Report on vaccination in Madras 1904-1921 - 1904-1921
Year: 1904
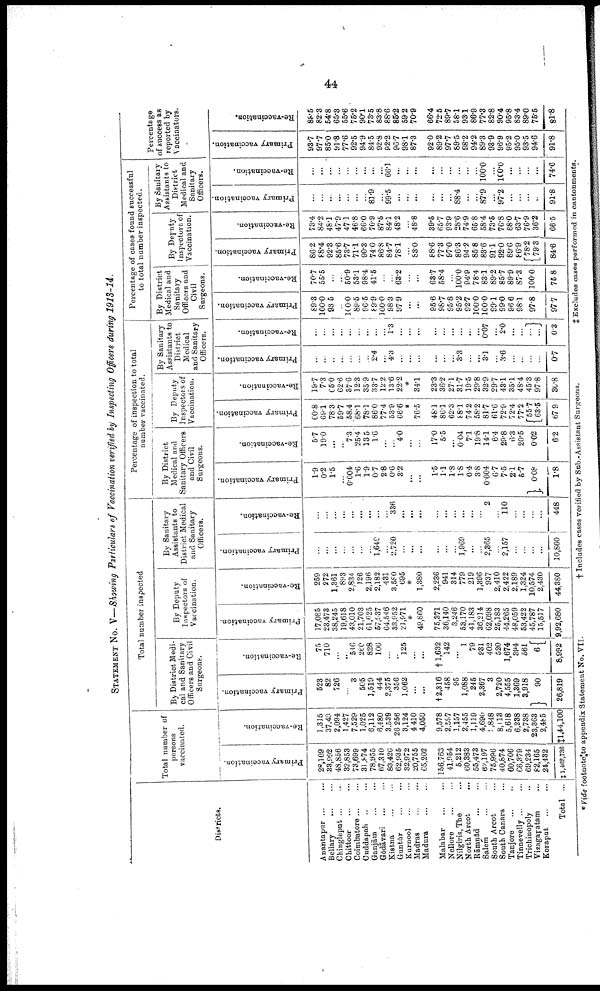
44
STATEMENT No. V—Showing Particulars of Vaccination verified by Inspecting Officers during 1913-14.
Districts.
Anantapur ... ...
Bellary ... ...
Chingleput ... ...
Chittoor
...
...
Coimbatore ... ...
Cuddapah ... ...
Ganjām
...
...
Gōdāvari
...
...
Kistna ... ...
Guntūr ... ...
Kurnool ... ...
Madras
...
...
Madura
...
...
Malabar
...
...
Nellore
...
...
Nilgiris, The ...
North Arcot
...
Rāmnād ... ...
Salem
...
...
South Arcot ...
South Canara ...
Tanjore
...
...
Tinnevelly ... ...
Trichinopoly ...
Vizagapatam ...
Koraput
...
...
Total ...
Total number of
persons
vaccinated.
Primary vaccination.
28,109
33,992
48,856
32,853
73,699
31,874
78,955
67,340
83,426
62,935
32,972
20,755
65,202
156,763
41,954
5,212
60,383
55,473
62,197
75,996
40,874
60,706
66,379
69,234
82,165
24,432
‡ 1,462,736
Re-vaccination.
1,315
37,40
2,094
1,427
7,529
1,025
6,112
6,480
3,539
26,256
3,124
4,410
4,050
9,578
2,597
1,157
2,455
1,119
4,690
2,848
8,113
5,618
6,238
2,738
23,363
2,485
‡1,44,100
Total number inspected
By District Medi
cal and Sanitary
Officers and Civil
Surgeons.
Primary vaccination.
523
82
726
...
3
505
1,519
444
2,375
356
1,062
...
...
† 2,316
458
95
1,088
245
2,367
3
2,720
4,555
1,369
3,918
90
26,819
Re-vaccination.
75
710
...
...
546
260
828
106
...
...
125
...
...
†1,632
142
...
1
79
931
402
520
1,674
394
561
6
8,992
By Deputy
Inspectors of
Vaccination.
Primary vaccination.
17,085
23,473
38,245
19,618
43,010
21,703
61,625
57,937
64,546
33,952
21,971
*
49,860
75,371
36,140
3,246
53,170
41,183
36,214
62,098
25,183
44,265
48,059
53,422
45,787
15,517
9,92,680
Re-vaccination.
259
272
1,361
893
2,834
126
2,196
2,182
431
3,580
695
*
1,380
2,236
941
314
779
219
1,396
937
2,410
2,422
2,189
1,324
10,574
2,430
44,380
By Sanitary
Assistants to
District Medical
and Sanitary
Officers.
Primary vaccination.
...
...
...
...
...
...
...
1,649
...
2,720
...
...
...
...
...
...
1,969
...
...
2,365
...
2,157
...
...
...
...
10,860
Re-vaccination.
...
...
...
...
...
...
...
...
...
336
...
...
...
...
...
...
...
...
...
2
...
110
...
...
...
...
448
Percentage of inspection to total
number vaccinated.
By District
Medical and
Sanitary Officers
and Civil
Surgeons.
Primary vaccination.
1.9
0.2
1.5
...
0.004
1.6
1.9
0.7
2.8
0.6
3.2
...
...
1.5
1.1
1.8
1.8
0.4
3.8
0.004
6.7
7.5
2.1
5.7
0.08
1.8
Re-vaccination.
5.7
19.0
...
...
7.3
25.4
13.5
1.6
...
...
4.0
...
...
17.0
5.5
...
0.04
7.1
19.8
14.1
6.4
29.8
6.3
20.5
0.02
6.2
By Deputy
Inspectors of
Vaccination.
Primary vaccination.
60.8
69.1
78.3
59.7
58.4
68.1
78.1
86.0
77.4
53.9
66.6
*
76.5
48.1
86.1
62.3
88.1
74.2
58.2
81.7
61.6
72.9
72.4
77.2
55.7
63.5
67.9
Re-vaccination.
19.7
7.3
65.0
62.6
37.6
12.3
35.9
33.7
12.2
13.6
22.2
*
34.1
23.3
36.2
27.1
31.7
19.5
29.8
32.9
29.7
43.1
35.1
48.4
45.3
97.8
30.8
By Sanitary
Assistants to
District
Medical
and Sanitary
Officers.
Primary vaccination.
...
...
...
...
...
...
...
2.4
...
4.3
...
...
...
...
...
...
3.3
...
...
3.1
...
3.6
...
...
...
...
0.7
Re-vaccination.
...
...
...
...
...
...
...
...
...
1.3
...
...
...
...
...
...
...
...
...
0.07
...
2.0
...
...
...
...
0.3
Percentage of cases found successful
to total number inspected.
By District
Medical and
Sanitary
Officers and
Civil
Surgeons.
Primary vaccination.
89.3
100.0
93.5
...
100.0
89.5
96.5
89.9
100.0
98.3
97.9
...
...
95.6
98.7
95.8
95.2
92.7
100.0
100.0
99.1
99.0
96.6
98.1
97.8
97.7
Re-vaccination.
70.7
55.5
...
...
50.9
53.1
98.4
41.5
...
...
63.2
...
...
63.7
58.4
...
100.0
94.9
78.4
83.1
89.2
85.7
89.9
87.3
100.0
75.8
By Deputy
Inspectors of
Vaccination.
Primary vaccination.
86.2
88.4
92.3
85.6
73.7
71.1
90.3
74.0
86.8
84.7
78.1
...
83.0
88.6
77.3
97.0
86.3
94.2
85.8
83.6
91.1
92.0
89.6
86.9
78.2
79.3
84.6
Re-vaccination.
73.4
84.2
48.1
47.9
47.1
46.8
66.0
70.9
87.5
84.1
48.2
...
48.8
39.5
65.7
93.9
28.6
74.9
65.8
58.4
73.5
76.8
88.0
63.7
76.9
36.2
66.5
By Sanitary
Assistants to
District
Medical and
Sanitary
Officers.
Primary vaccination.
...
...
...
...
...
...
...
81.9
...
99.5
...
...
...
...
...
...
88.4
...
...
87.9
...
97.2
...
...
...
..
91.8
Re-vaccination.
...
...
...
...
...
...
...
...
...
66.1
...
...
...
...
...
...
...
...
...
100.0
...
100.0
...
...
...
...
74.6
Percentage
of success as
reported by
Vaccinators.
Primary vaccination.
93.7
97.7
85.0
91.8
77.6
92.5
94.9
84.5
92.8
92.2
96.7
98.1
87.3
92.0
89.2
97.7
89.5
98.2
94.2
89.3
93.9
96.9
95.2
95.0
93.5
94.6
91.8
Re-vaccination.
88.5
82.3
54.8
65.3
55.6
75.2
90.1
73.5
83.8
88.6
85.2
59.2
70.9
66.4
72.5
89.7
58.1
93.1
86.9
77.3
82.8
90.4
95.8
83.4
89.0
75.5
81.8
*Vide footnote to appendix Statement No. VII.
† Includes cases verified by Sub.-Assistant Surgeons.
‡ Excludes cases performed in cantonments.